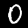
Label: 0